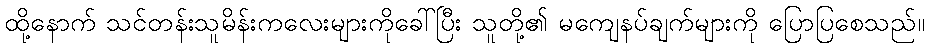
ထို့နောက် သင်တန်းသူမိန်းကလေးများကိုခေါ်ပြီး သူတို့၏ မကျေနပ်ချက်များကို ပြောပြစေသည်။